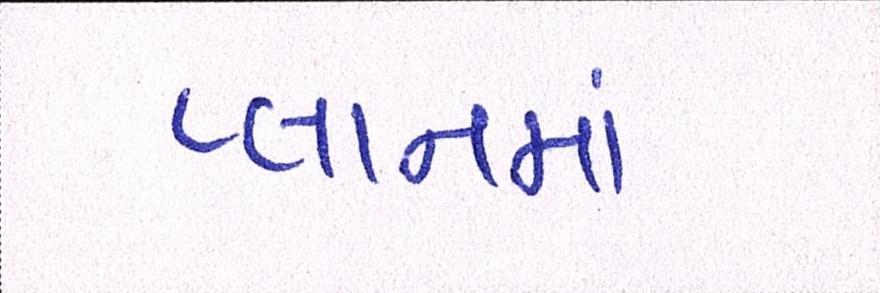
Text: પ્લાનમાં